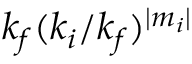
k _ { f } ( k _ { i } / k _ { f } ) ^ { \vert m _ { i } \vert }